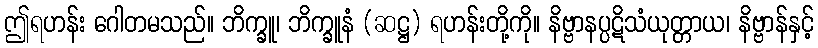
ဤရဟန်း ဂေါတမသည်။ ဘိက္ခူ၊ ဘိက္ခူနံ (ဆဋ္ဌ) ရဟန်းတို့ကို။ နိဗ္ဗာနပ္ပဋိသံယုတ္တာယ၊ နိဗ္ဗာန်နှင့်